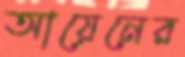
আয়েনের